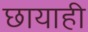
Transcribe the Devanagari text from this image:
छायाही